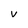
Character: V